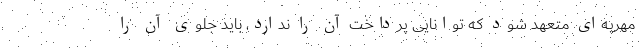
مهریه‌ای متعهد شود که توانایی پرداخت آن را ندارد، باید جلوی آن را